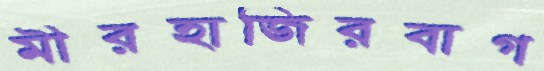
মীরহাজিরবাগ